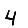
Digit: 4